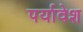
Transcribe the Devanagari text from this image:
पर्यावेश